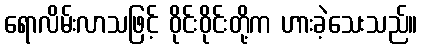
ရောလိမ်းလာသဖြင့် ဝိုင်းဝိုင်းတို့က ဟားခဲ့သေးသည်။